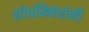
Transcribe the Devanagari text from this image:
शोधनिबंधांनी